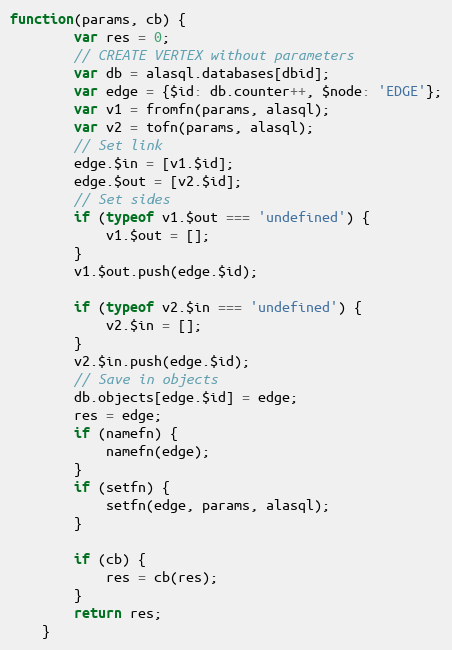
Language: JavaScript
function(params, cb) {
		var res = 0;
		// CREATE VERTEX without parameters
		var db = alasql.databases[dbid];
		var edge = {$id: db.counter++, $node: 'EDGE'};
		var v1 = fromfn(params, alasql);
		var v2 = tofn(params, alasql);
		// Set link
		edge.$in = [v1.$id];
		edge.$out = [v2.$id];
		// Set sides
		if (typeof v1.$out === 'undefined') {
			v1.$out = [];
		}
		v1.$out.push(edge.$id);

		if (typeof v2.$in === 'undefined') {
			v2.$in = [];
		}
		v2.$in.push(edge.$id);
		// Save in objects
		db.objects[edge.$id] = edge;
		res = edge;
		if (namefn) {
			namefn(edge);
		}
		if (setfn) {
			setfn(edge, params, alasql);
		}

		if (cb) {
			res = cb(res);
		}
		return res;
	}